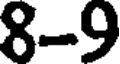
8-9